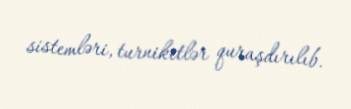
sistemləri, turniketlər quraşdırılıb.